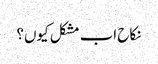
نکاح اب مشکل کیوں؟